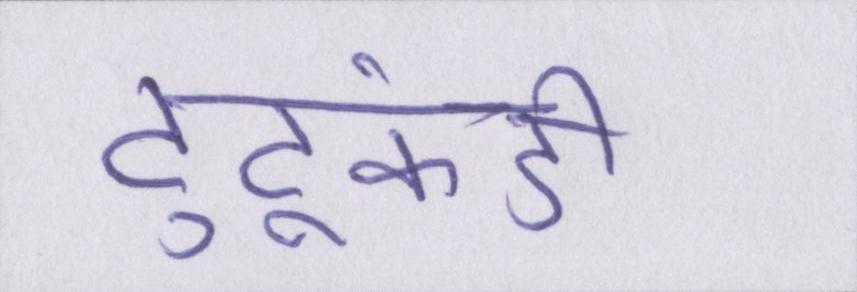
टुटूकंडी